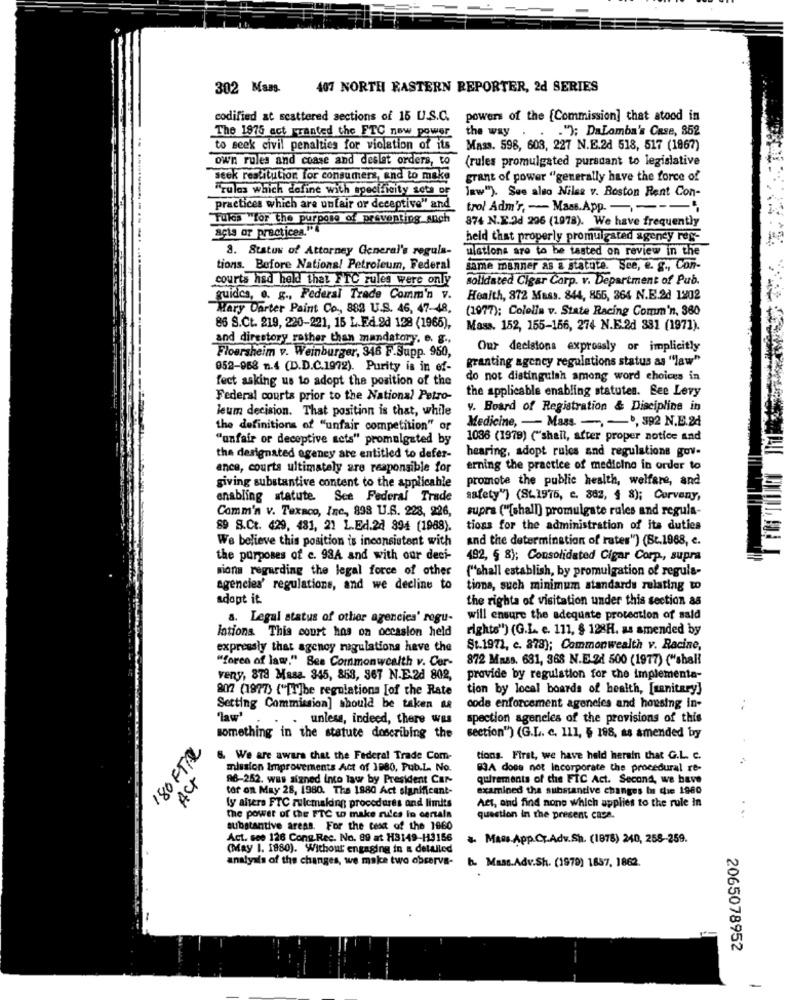
302 Mass.
407 NORTH EASTERN REPORTER, 2d SERIES
codified at scattered sections of 15 U.S.C.
powers of the {Commission] that atood in
The 1975 ect ranted the FTC now power
."); DaLomba's Case, 852
the way . .
to seek civil penalties for violation of its Mass. 598, 603, 227 N.E.24 518, 517 (1867)
own rules and coase and deslet orders, to
(rules promulgated pursuant to legislative
seek restitution for consumers, and to make
grant of power "generally have the force of
"rules which define with specificity sets De
Jaw"). See also Niles v. Boston Rent Con-
practices which are unfair or deceptive" and
trol Adm'r, - Mass.App. ----
Tules "for the purpose of preventing such
açis or practicea.""4
874 N.E.d 296 (1978). We have frequently
held that properly promulgated agency res-
8. Status of Attorney General's regula-
ulations are to be tested on review in the
tions. Before Nations! Petroleum, Federal
same manner as & statute. See, e. g ., Con-
courts had held that FTC zules were only
Solidated Cigar Corp. v. Department of Pub.
guides, o. g ., Federal Trade Comm'n v.
Health, 872 Mass. 844, 855, 364 N.E.2d 1202
Mary Darter Paint Co ., 882 U.S. 46, 47-48,
(1977); Colella v. State Racing Comm'n, 380
86 S.Ct. 219, 220-221, 15 L.Ed.2d 128 (1966),
Mass. 152, 155-156, 274 N.E.2d 381 (1971).
and directory rather than mandatory. e. g ..
Our decisions exprossly or implicitly
Floersheim v. Weinburger, 346 F.Supp. 950,
granting agency regulations status as "law"
058-968 n.4 (D.D.C.1972). Purity is in ef-
fect asking us to adopt the position of the
do not distinguish among word choices in
the applicable enabling statutes. Bee Levy
Federal courts prior to the National Petro-
leum decision. That position is that, while
v. Board of Registration & Discipline in
Medicine, - Mass. -, - 0, 392 N.B.24
the definitions of "unfair competition" or
"unfair or deceptive sets" promulgated by
1036 (1979) ("shall, after proper notice and
the designated agency are entitled to defer-
hearing, adopt rules and regulations gov-
ance, courts ultimately are responsible for
erning the practice of medicine in order to
promote the public health, welfare, and
giving substantive content to the applicable
enabling statute.
Set Federal Trade
safety") (St.1975, c. 862, 4 8); Cerveny,
Comm'n v. Texaco, Inc ., 898 U.S. 228, 226,
supra ("[shall) promulgate rules and regula-
89 S.Ct. 429, 481, 21 L.Ed.24 894 (1988).
tions for the administration of its duties
We believe this position is inconsistent with
and the determination of rates") (St.1968, e.
the purposes of c. 93A and with our deci-
492, § 8); Consolidated Cigar Corp ., supra
mions regarding the legal force of other
("shall establish, by promulgation of regula-
agencies' regulations, and we decline to
tions, such minimum standards relating to
adopt it.
the rights of visitation under this section as
a. Legal status of other agencies' regu-
will ensure the adequate protection of sald
rights") (G.L. e. 111, § 128H. as amended by
lations. This court hos on occasion held
expressly that agency regulations have the
St.1972, c. 878); Commonwealth v. Racine,
"foren of law." See Commonwealth v. Cor-
872 Mass. 681, 368 N.E.24 500 (1977) ("shall
veny, 878 Masa. 345, 853, 367 N.E.2d 802,
provide by regulation for the implementa-
807 (1977) ("[T]be regulations [of the Rate
tion by local boards of health, [sanitary]
Setting Commission] should be taken as
code enforcement agencies and housing in-
law
. unless, indeed, there was
spection agencies of the provisions of this
something in the statute describing the
section") (G.L. c. 111, § 198, as amended by
180 FTIR
We are aware that the Federal Trade Com-
tions. First, we have held herain that G.L. C.
mission Improvements Act of 1980, Pub.L. No.
83A does not Incorporate the procedural re-
ACT
96-252. was signed into law by President Car-
quirements of the FIC Act. Second, we bave
tor on May 28, 1980. The 1880 Act slanificent-
examined the substantive changes In the 1980
Act, and find none which applies to the rule in
ly altera FTC rulcmalding procedures and limits
the power of the FTC w make rules in certala
question in the present caca.
substantive areas. For the test of the 1860
Act. see 126 Cong.Rec. No. 99 at H3149-H3156
* Mass App.CT.Adv.Sh. (1978) 240, 258-259.
(May 1. 1980). Without engaging in a detailed
analysis of the changes, we make two observa-
b. Mass.Adv.Sh. (1979) 1857, 1862.
2065078952